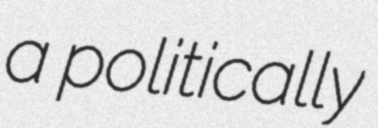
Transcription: a politically